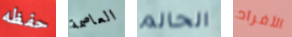
حفظه العاصمة الحالم الأفراد